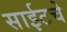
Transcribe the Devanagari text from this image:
साईटचे